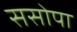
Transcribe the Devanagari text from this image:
ससोपा